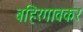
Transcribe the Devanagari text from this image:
बहिरगावकर